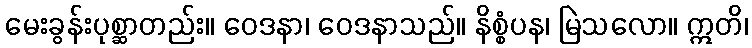
မေးခွန်းပုစ္ဆာတည်း။ ဝေဒနာ၊ ဝေဒနာသည်။ နိစ္စံပန၊ မြဲသလော။ ဣတိ၊